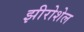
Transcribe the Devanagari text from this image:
झीरोशेल